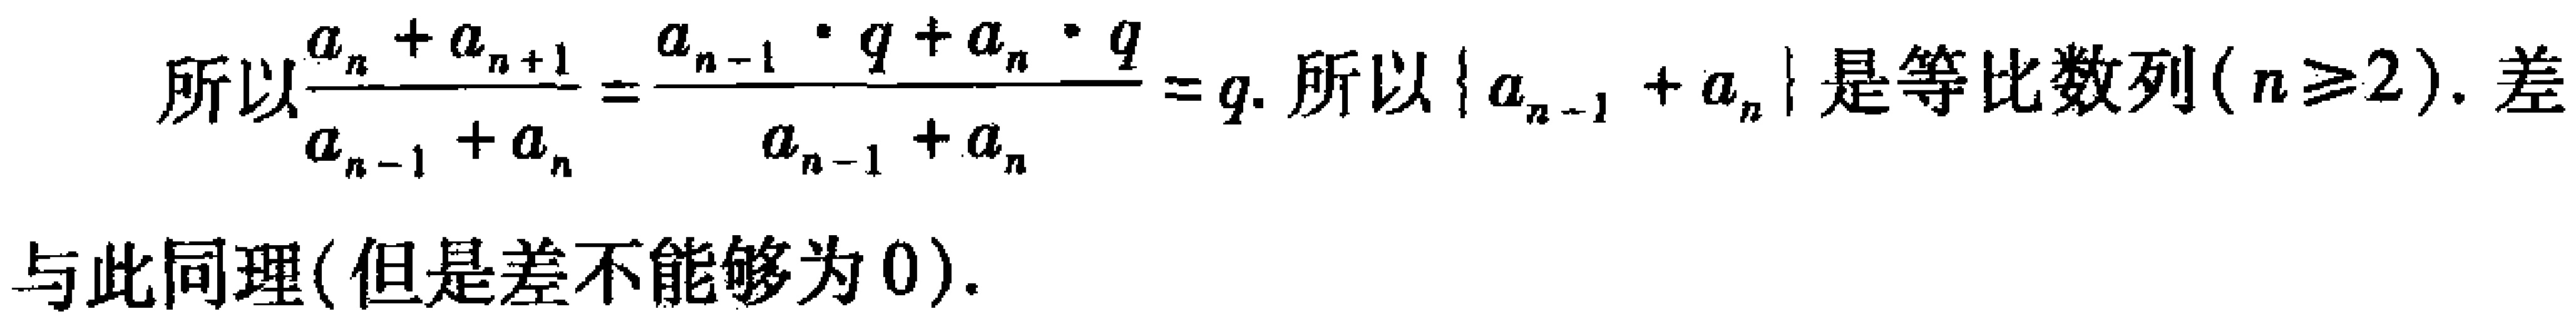
所以\frac{a_{n}+a_{n + 1}}{a_{n - 1}+a_{n}}=\frac{a_{n - 1}\cdot q+a_{n}\cdot q}{a_{n - 1}+a_{n}} = q. 所以\{a_{n - 1}+a_{n}\}是等比数列(n\geq2). 差
与此同理(但是差不能够为0).